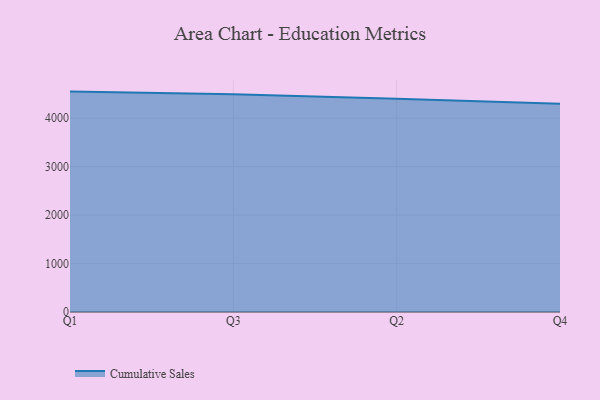
{"axis": {"x": "Quarter", "y": "LTV (USD)"}, "legend": ["Cumulative Sales"], "data": [{"x": "Q1", "y": 4550.0, "type": "Cumulative Sales"}, {"x": "Q3", "y": 4494.5, "type": "Cumulative Sales"}, {"x": "Q2", "y": 4404.1, "type": "Cumulative Sales"}, {"x": "Q4", "y": 4299.2, "type": "Cumulative Sales"}]}